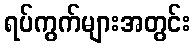
ရပ်ကွက်များအတွင်း